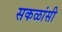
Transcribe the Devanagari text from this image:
सकळांसी